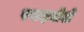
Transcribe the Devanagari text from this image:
स्पाइरोशे